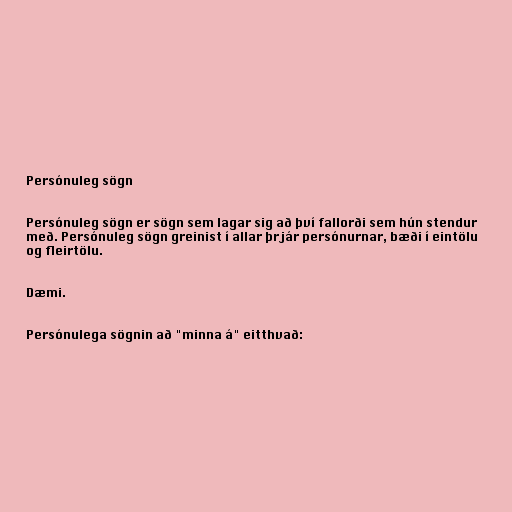
Persónuleg sögn

Persónuleg sögn er sögn sem lagar sig að því fallorði sem hún stendur
með. Persónuleg sögn greinist í allar þrjár persónurnar, bæði í eintölu
og fleirtölu.

Dæmi.

Persónulega sögnin að "minna á" eitthvað: